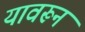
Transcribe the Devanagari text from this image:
यावरून